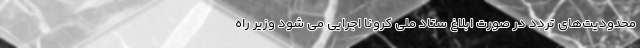
محدودیت‌های تردد در صورت ابلاغ ستاد ملی کرونا اجرایی می شود وزیر راه